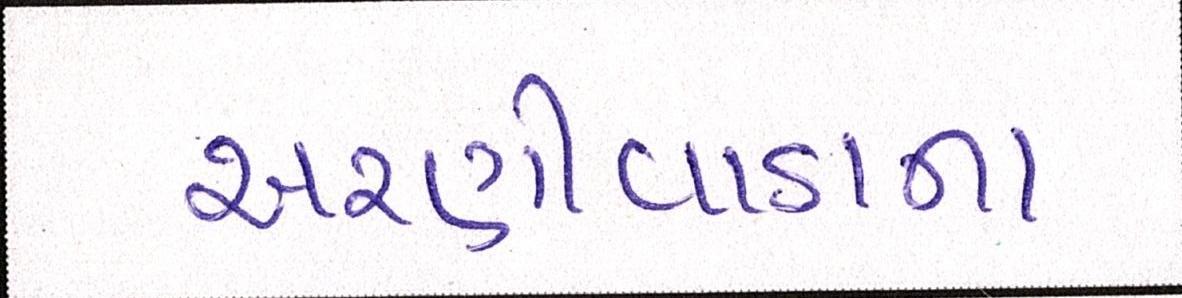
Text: અરણીવાડાના